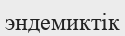
эндемиктік